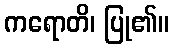
ကရောတိ၊ ပြု၏။